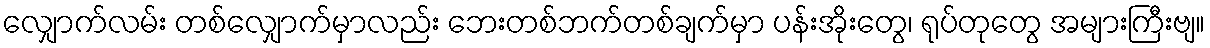
လျှောက်လမ်း တစ်လျှောက်မှာလည်း ဘေးတစ်ဘက်တစ်ချက်မှာ ပန်းအိုးတွေ၊ ရုပ်တုတွေ အများကြီးဗျ။